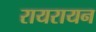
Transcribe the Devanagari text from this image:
रायरायन